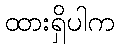
ထားရှိပါက